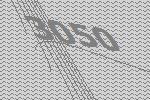
3050